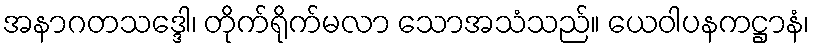
အနာဂတသဒ္ဒေါ၊ တိုက်ရိုက်မလာ သောအသံသည်။ ယေဝါပနကဋ္ဌာနံ၊